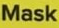
Mask